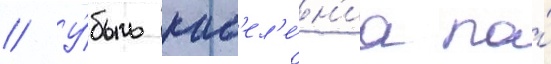
// У́быль нас'ел'е́н'иа по́